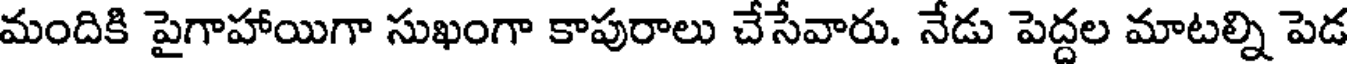
మందికి పైగాహాయిగా సుఖంగా కాపురాలు చేసేవారు. నేడు పెద్దల మాటల్ని పెడ